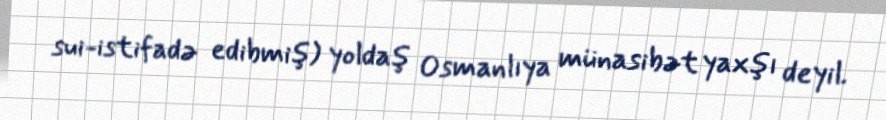
sui-istifadə edibmiş) yoldaş Osmanlıya münasibət yaxşı deyil.